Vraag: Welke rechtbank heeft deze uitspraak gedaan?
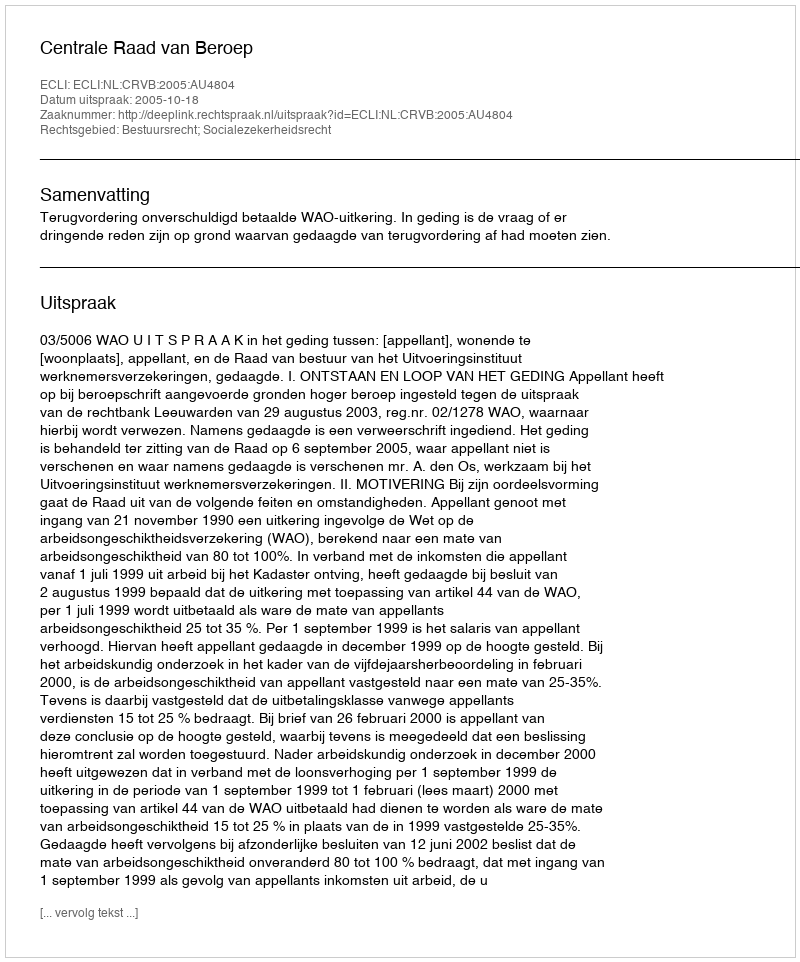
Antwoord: Centrale Raad van Beroep